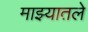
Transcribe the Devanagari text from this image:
माझ्यातले